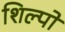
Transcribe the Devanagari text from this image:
शिल्पो